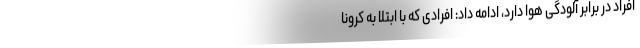
افراد در برابر آلودگی هوا دارد، ادامه داد: افرادی که با ابتلا به کرونا